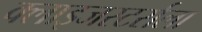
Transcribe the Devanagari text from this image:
क्लाइजस्टर्सला